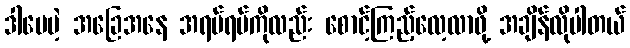
ဒါပေမဲ့ အခြေအနေ အရပ်ရပ်ကိုလည်း စောင့်ကြည့်လေ့လာဖို့ အချိန်လိုပါတယ်